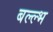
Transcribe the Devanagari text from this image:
बल्ल्भ